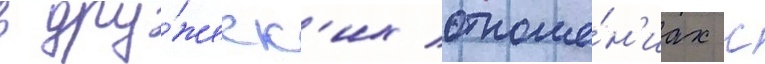
в дру́жеск'их отноше́н'иах с